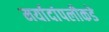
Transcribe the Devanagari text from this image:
मर्यादांपलीकडे